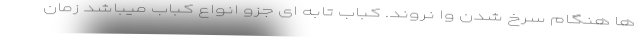
ها هنگام سرخ شدن وا نروند. کباب تابه ای جزو انواع کباب میباشد زمان